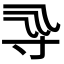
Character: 𡬞